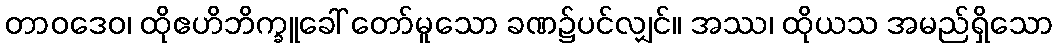
တာဝဒေဝ၊ ထိုဧဟိဘိက္ခူခေါ် တော်မူသော ခဏ၌ပင်လျှင်။ အဿ၊ ထိုယသ အမည်ရှိသော